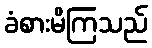
ခံစားမိကြသည်